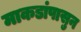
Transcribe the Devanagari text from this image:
माकडांपासुन